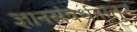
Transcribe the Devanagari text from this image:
ज्ञानसंवर्धनातून